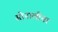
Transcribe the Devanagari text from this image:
सोनालीचा